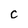
Character: C